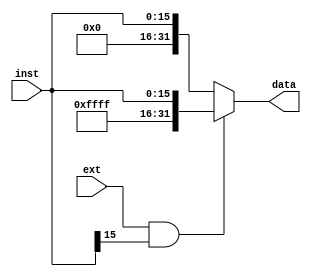
`timescale 1ns / 1ps

module signExt(
    input [15:0] inst,
	input ext,
    output reg [31:0] data
    );
	
	always @ (inst or ext)
	begin
		if(ext == 1&&inst[15] == 1) data = {16'hffff,inst};
		else data = {16'h0000,inst};
	end
	
endmodule